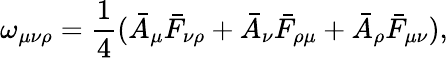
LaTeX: \omega_{\mu\nu\rho}=\frac{1}{4}(\bar{A}_{\mu}\bar{F}_{\nu\rho}+\bar{A}_{\nu}\bar{F}_{\rho\mu}+\bar{A}_{\rho}\bar{F}_{\mu\nu}),